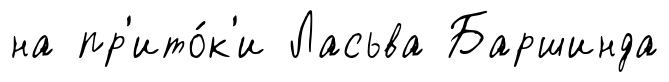
на пр'ито́к'и Ласьва Баршинда